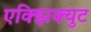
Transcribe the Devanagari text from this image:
एक्झिक्युट